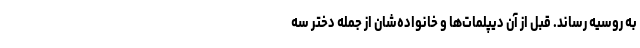
به روسیه رساند. قبل از آن دیپلمات‌ها و خانواده‌شان از جمله دختر سه